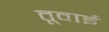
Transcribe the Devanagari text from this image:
तूवाई